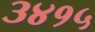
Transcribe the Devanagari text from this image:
३४१५